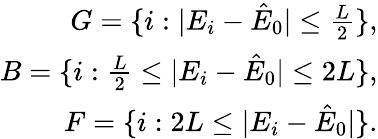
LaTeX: \begin{array}{r}{G=\{ i:|E_{i}-\hat{E}_{0}|\leq\frac{L}{2}\} ,}\\ {B=\{ i:\frac{L}{2}\leq|E_{i}-\hat{E}_{0}|\leq 2L\} ,}\\ {F=\{ i:2L\leq|E_{i}-\hat{E}_{0}|\} .}\end{array}